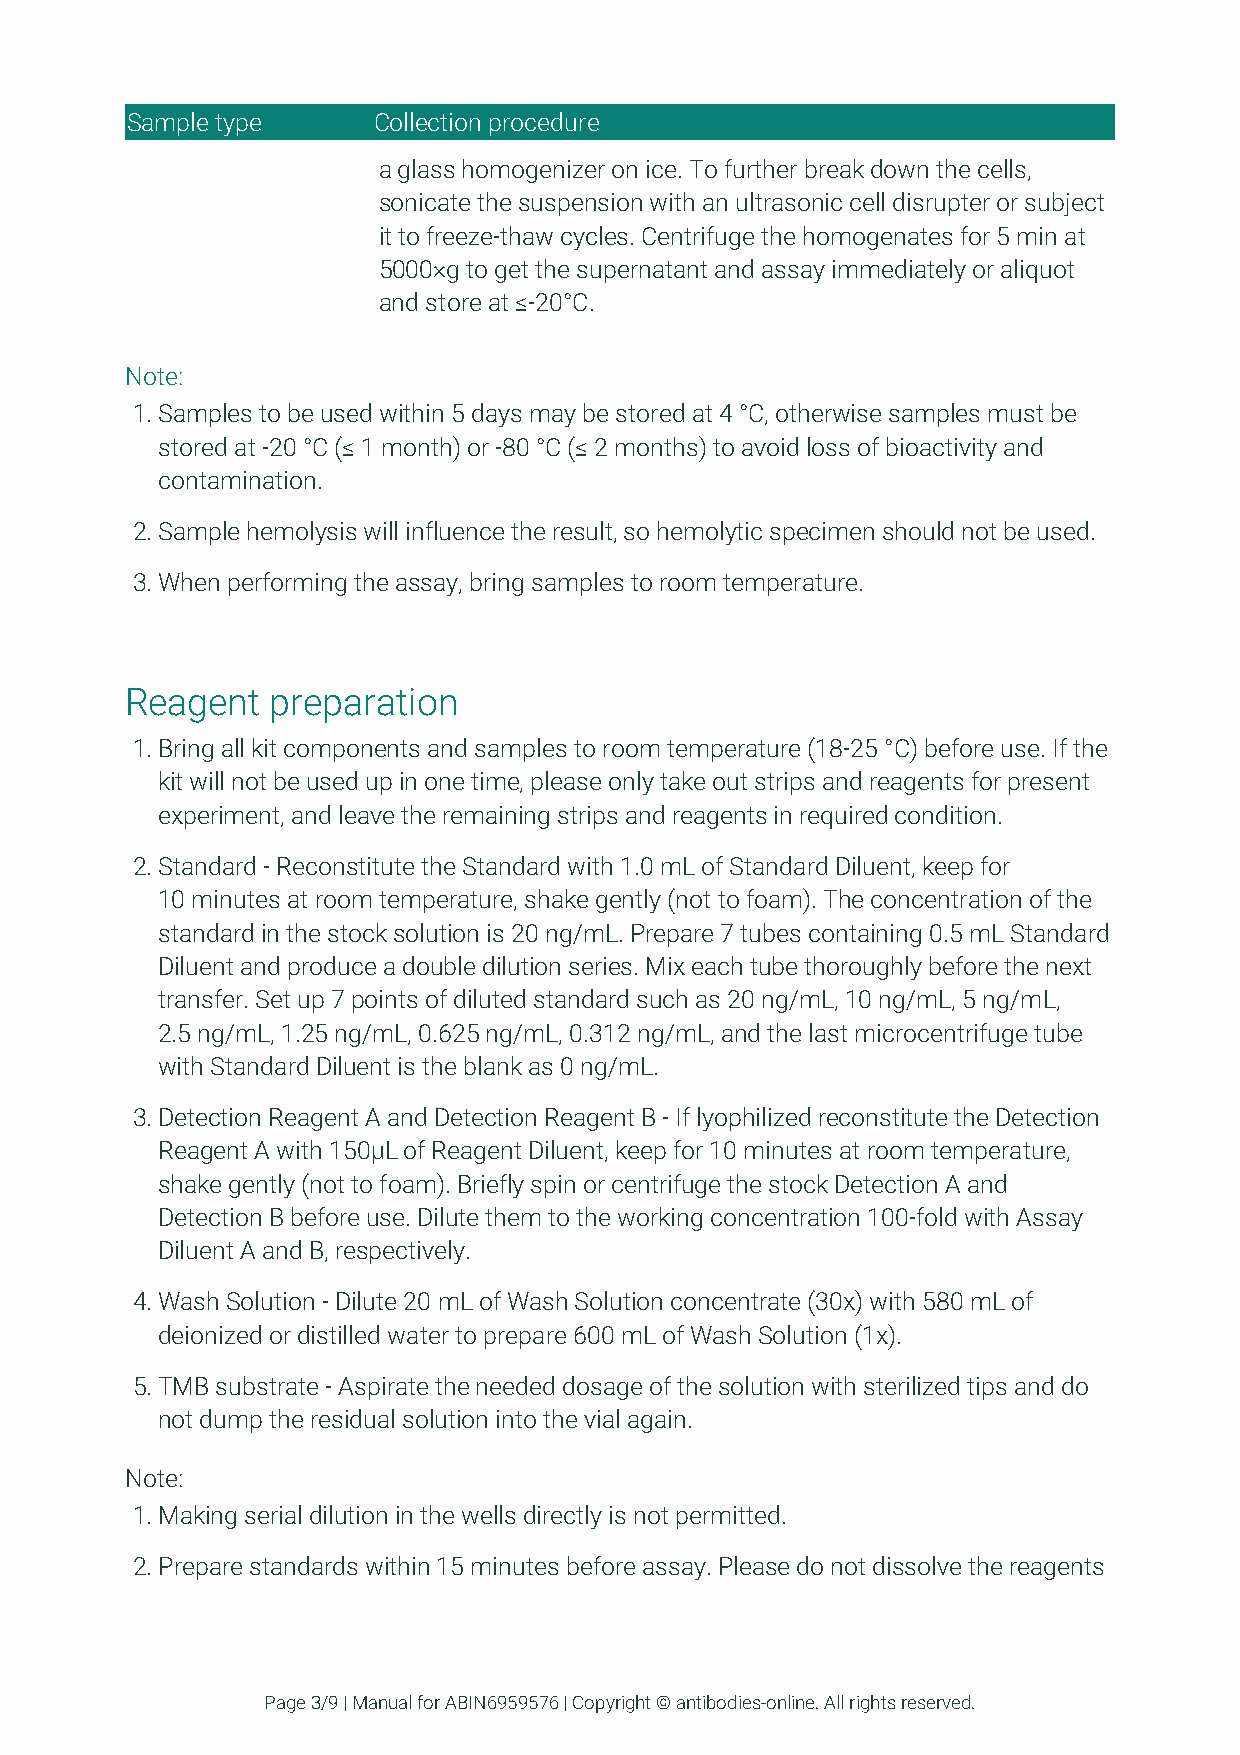
Sample type      Collection procedure
 a glass homogenizer on ice. To further break down the cells,
 sonicate the suspension with an ultrasonic cell disrupter or subject
 it to freeze-thaw cycles. Centrifuge the homogenates for 5 min at
 5000×g to get the supernatant and assay immediately or aliquot
 and store at ≤-20°C.
 Note:
 1. Samples to be used within 5 days may be stored at 4 °C, otherwise samples must be
 stored at -20 °C (≤ 1 month) or -80 °C (≤ 2 months) to avoid loss of bioactivity and
 contamination.
 2. Sample hemolysis will influence the result, so hemolytic specimen should not be used.
 3. When performing the assay, bring samples to room temperature.
 Reagent   preparation
 1. Bring all kit components and samples to room temperature (18-25 °C) before use. If the
 kit will not be used up in one time, please only take out strips and reagents for present
 experiment, and leave the remaining strips and reagents in required condition.
 2. Standard - Reconstitute the Standard with 1.0 mL of Standard Diluent, keep for
 10 minutes at room temperature, shake gently (not to foam). The concentration of the
 standard in the stock solution is 20 ng/mL. Prepare 7 tubes containing 0.5 mL Standard
 Diluent and produce a double dilution series. Mix each tube thoroughly before the next
 transfer. Set up 7 points of diluted standard such as 20 ng/mL, 10 ng/mL, 5 ng/mL,
 2.5 ng/mL, 1.25 ng/mL, 0.625 ng/mL, 0.312 ng/mL, and the last microcentrifuge tube
 with Standard Diluent is the blank as 0 ng/mL.
 3. Detection Reagent A and Detection Reagent B - If lyophilized reconstitute the Detection
 Reagent A with 150μL of Reagent Diluent, keep for 10 minutes at room temperature,
 shake gently (not to foam). Briefly spin or centrifuge the stock Detection A and
 Detection B before use. Dilute them to the working concentration 100-fold with Assay
 Diluent A and B, respectively.
 4. Wash Solution - Dilute 20 mL of Wash Solution concentrate (30x) with 580 mL of
 deionized or distilled water to prepare 600 mL of Wash Solution (1x).
 5. TMB substrate - Aspirate the needed dosage of the solution with sterilized tips and do
 not dump the residual solution into the vial again.
 Note:
 1. Making serial dilution in the wells directly is not permitted.
 2. Prepare standards within 15 minutes before assay. Please do not dissolve the reagents
 Page 3/9 | Manual for ABIN6959576 | Copyright © antibodies-online. All rights reserved.